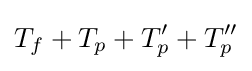
T_{f}+T_{p}+T_{p}'+T_{p}''